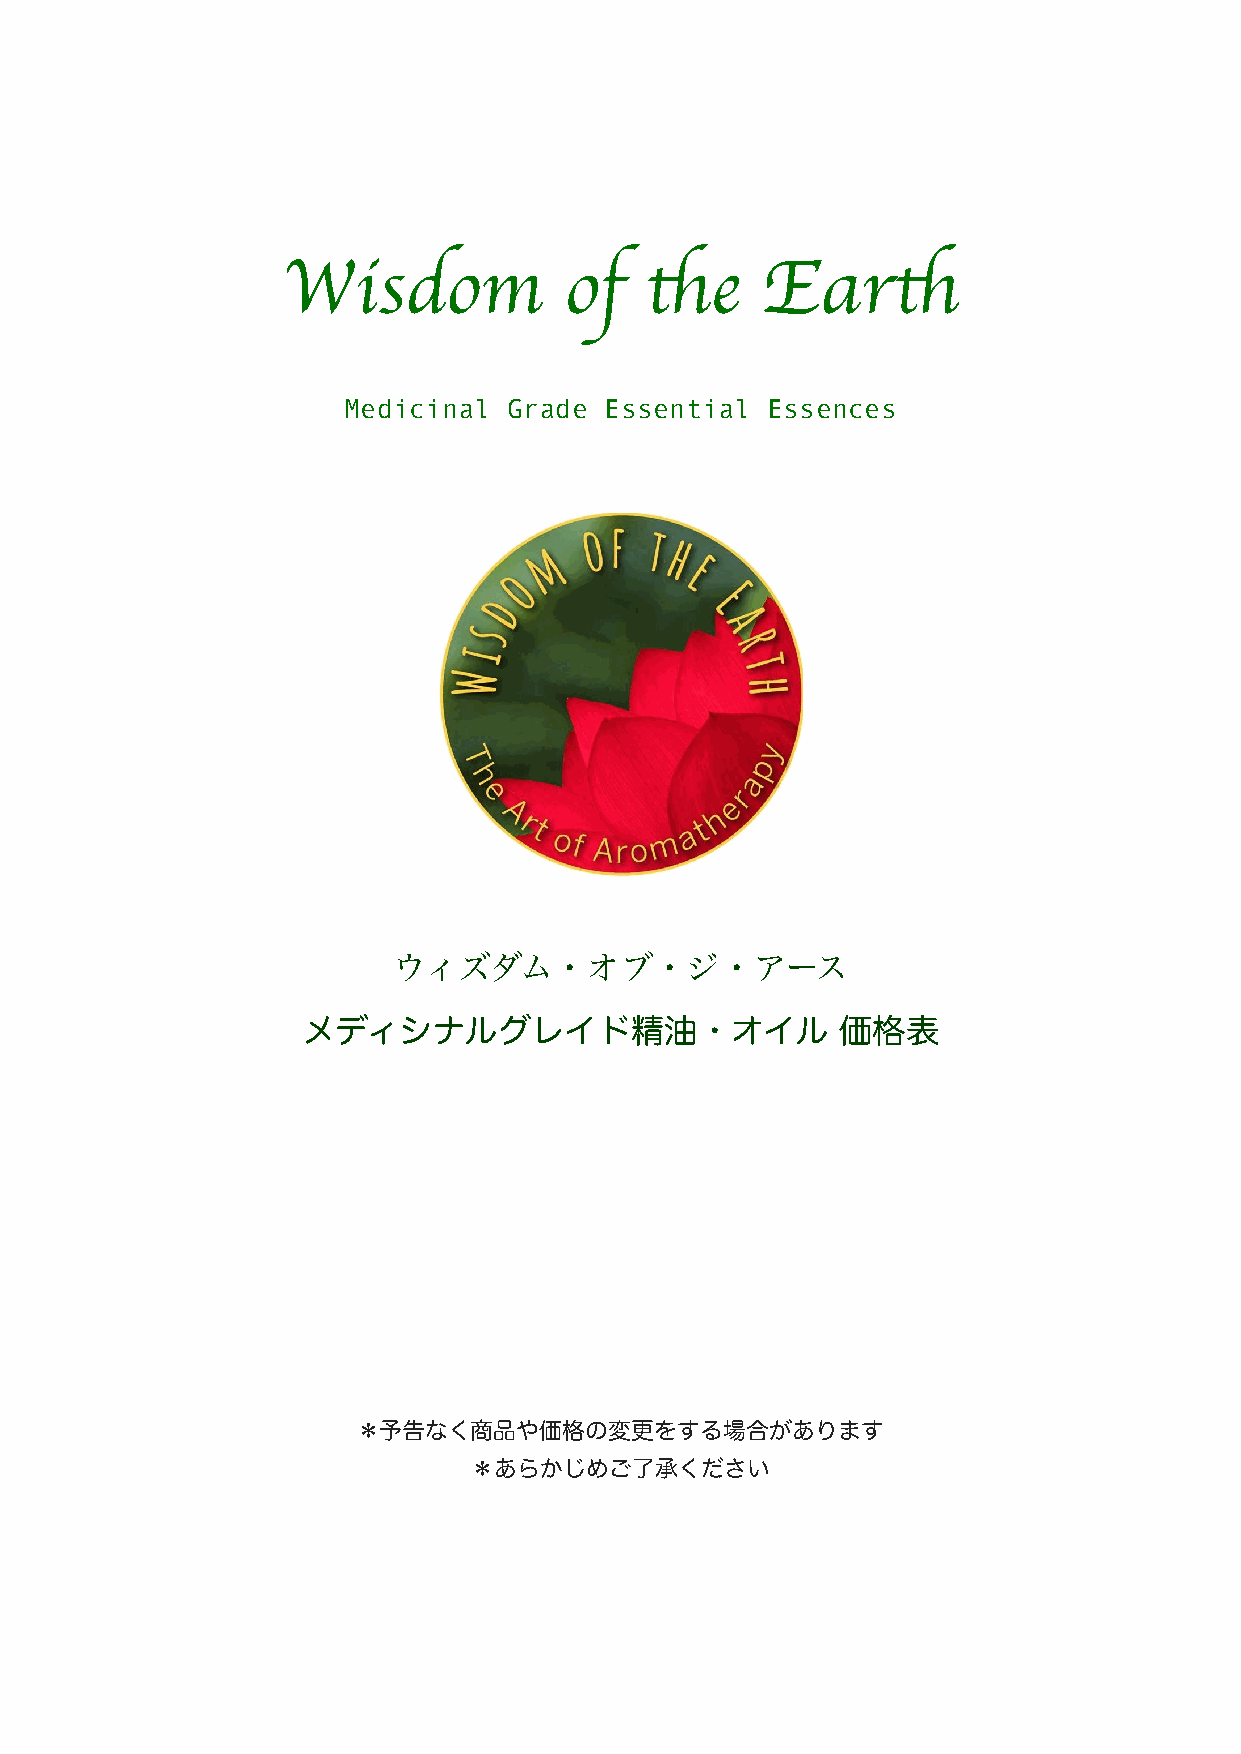
Wisdom            of    the    Earth
 Medicinal  Grade Essential  Essences
 ウィズダム・オブ・ジ・アース
 メディシナルグレイド精油・オイル                    価格表
 ＊予告なく商品や価格の変更をする場合があります
 ＊あらかじめご了承ください